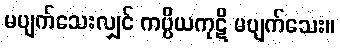
မပျက်သေးလျှင် ကပ္ပိယကုဋိ မပျက်သေး။